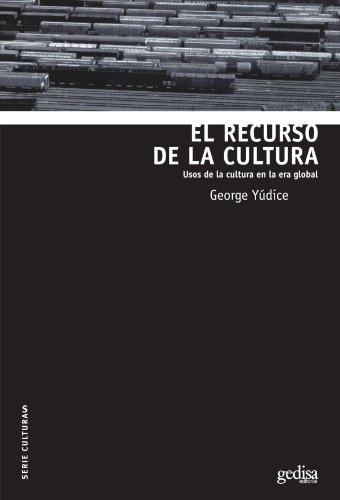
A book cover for El Recurso de la Cultura: Usos de la cultura en la era global (Serie Culturas) (Spanish Edition); George Yudice; History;